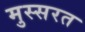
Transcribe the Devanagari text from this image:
मुस्सरत